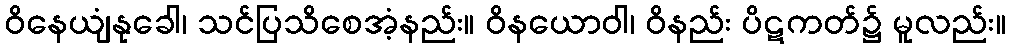
ဝိနေယျံနုခေါ၊ သင်ပြသိစေအံ့နည်း။ ဝိနယောဝါ၊ ဝိနည်း ပိဋကတ်၌ မူလည်း။